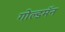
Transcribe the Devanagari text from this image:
गोल्डमॅन